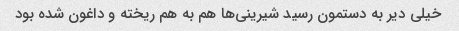
خیلی دیر به دستمون رسید شیرینی‌ها هم به هم ریخته و داغون شده بود